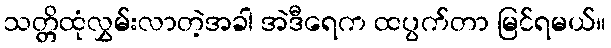
သတ္တိထုံလွှမ်းလာတဲ့အခါ အဲဒီရေက ထပွက်တာ မြင်ရမယ်။